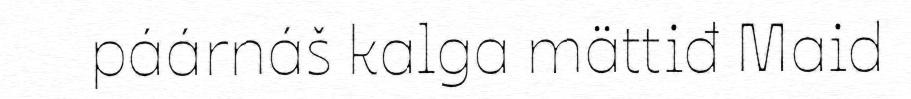
páárnáš kalga mättiđ Maid